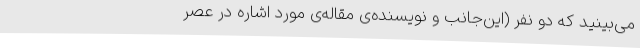
می‌بینید که دو نفر (این‌جانب و نویسنده‌ی مقاله‌ی مورد اشاره در عصر